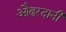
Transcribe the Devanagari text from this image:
औढरदानी